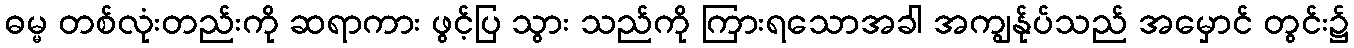
ဓမ္မ တစ်လုံးတည်းကို ဆရာကား ဖွင့်ပြ သွား သည်ကို ကြားရသောအခါ အကျွန်ုပ်သည် အမှောင် တွင်း၌